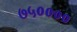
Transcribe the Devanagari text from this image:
७५००००